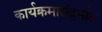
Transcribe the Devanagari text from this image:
कार्यक्रमासंदर्भात